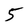
Character: 5